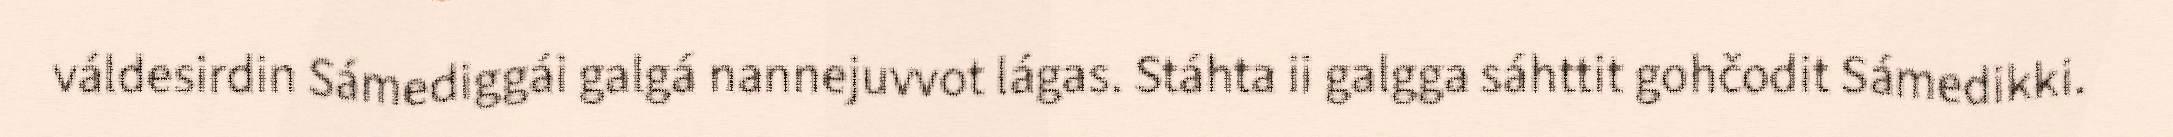
váldesirdin Sámediggái galgá nannejuvvot lágas. Stáhta ii galgga sáhttit gohčodit Sámedikki.